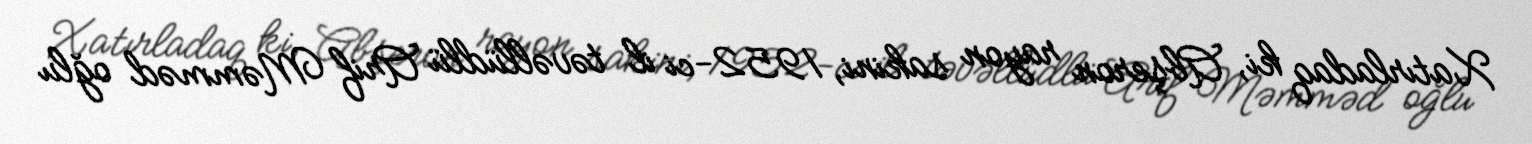
Xatırladaq ki, Abşeron rayon sakini, 1952-ci il təvəllüdlü Arif Məmməd oğlu